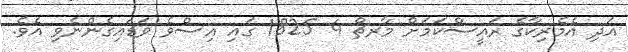
އަދި އެމެރިކާގެ ރައީސްކަމަށް މާރޗް 4 1825 ގައި އިސްވެ ވަޑައިގެންނެވި އެވެ.